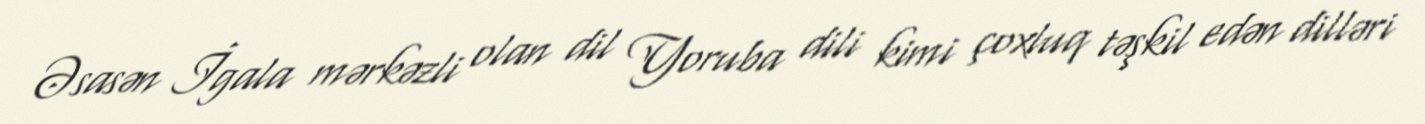
Əsasən İgala mərkəzli olan dil Yoruba dili kimi çoxluq təşkil edən dilləri